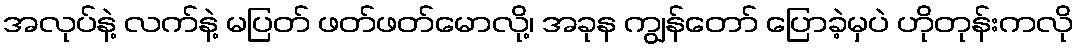
အလုပ်နဲ့ လက်နဲ့ မပြတ် ဖတ်ဖတ်မောလို့၊ အခုန ကျွန်တော် ပြောခဲ့မှပဲ ဟိုတုန်းကလို